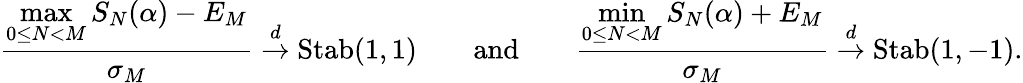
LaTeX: \frac{\displaystyle{\operatorname*{max}_{0\le N<M}S_{N}(\alpha)-E_{M}}}{\sigma_{M}}\overset{d}{\to}\mathrm{Stab}(1,1)\qquad\textrm{and}\qquad\frac{\displaystyle{\operatorname*{min}_{0\le N<M}S_{N}(\alpha)+E_{M}}}{\sigma_{M}}\overset{d}{\to}\mathrm{Stab}(1,-1).